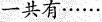
一共有……